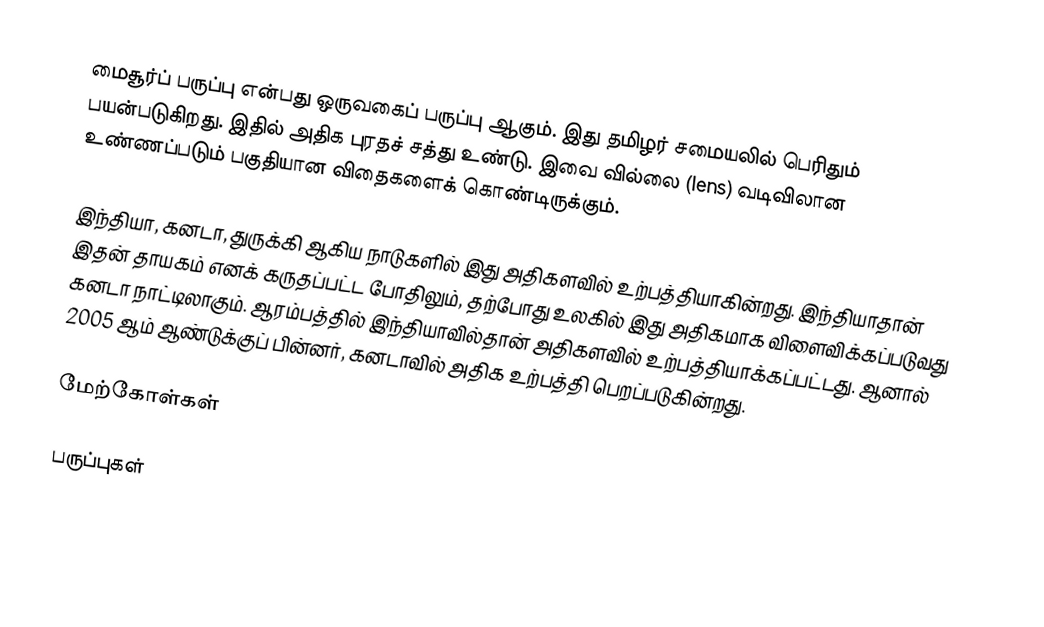
மைசூர்ப் பருப்பு என்பது ஒருவகைப் பருப்பு ஆகும். இது தமிழர் சமையலில் பெரிதும் பயன்படுகிறது. இதில் அதிக புரதச் சத்து உண்டு. இவை வில்லை (lens) வடிவிலான உண்ணப்படும் பகுதியான விதைகளைக் கொண்டிருக்கும்.

இந்தியா, கனடா, துருக்கி ஆகிய நாடுகளில் இது அதிகளவில் உற்பத்தியாகின்றது. இந்தியாதான் இதன் தாயகம் எனக் கருதப்பட்ட போதிலும், தற்போது உலகில் இது அதிகமாக விளைவிக்கப்படுவது கனடா நாட்டிலாகும். ஆரம்பத்தில் இந்தியாவில்தான் அதிகளவில் உற்பத்தியாக்கப்பட்டது. ஆனால் 2005 ஆம் ஆண்டுக்குப் பின்னர், கனடாவில் அதிக உற்பத்தி பெறப்படுகின்றது.

மேற்கோள்கள்

பருப்புகள்